Annual report of the Punjab Veterinary College and of the Civil Veterinary Department, Punjab - 1920-1925
Year: 1920
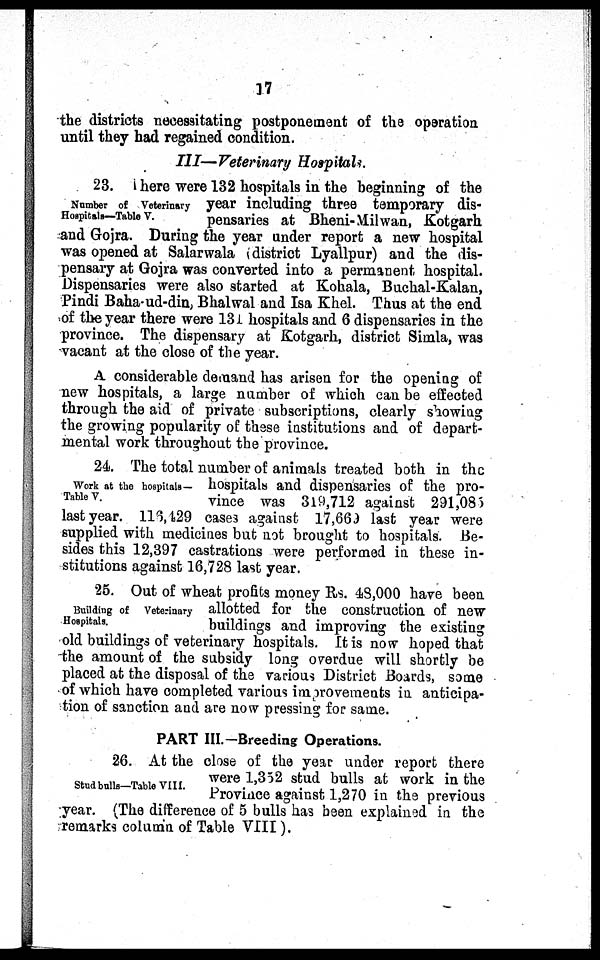
17
the districts necessitating postponement of the operation
until they had regained condition.
III—Veterinary Hospitals.
Number of Veterinary
Hospitals—Table V.
23. There were 132 hospitals in the beginning of the
year including three temporary dis-
pensaries at Bheni-Milwan, Kotgarh
and Gojra. During the year under report a new hospital
was opened at Salarwala (district Lyallpur) and the dis-
pensary at Gojra was converted into a permanent hospital.
Dispensaries were also started at Kohala, Buchal-Kalan,
Pindi Baha-ud-din, Bhalwal and Isa Khel. Thus at the end
of the year there were 131 hospitals and 6 dispensaries in the
province. The dispensary at Kotgarh, district Simla, was
vacant at the close of the year.
A considerable demand has arisen for the opening of
new hospitals, a large number of which can be effected
through the aid of private subscriptions, clearly showing
the growing popularity of these institutions and of depart-
mental work throughout the province.
Work at the hospitals —
Table V.
24. The total number of animals treated both in the
hospitals and dispensaries of the pro-
vince was 319,712 against 291,085
last year. 116,429 cases against 17,669 last year were
supplied with medicines but not brought to hospitals. Be-
sides this 12,397 castrations were performed in these in-
stitutions against 16,728 last year.
Building of Veterinary
Hospitals.
25. Out of wheat profits money Rs. 48,000 have been
allotted for the construction of new
buildings and improving the existing
old buildings of veterinary hospitals. It is now hoped that
the amount of the subsidy long overdue will shortly be
placed at the disposal of the various District Boards, some
of which have completed various improvements in anticipa-
tion of sanction and are now pressing for same.
PART III.—Breeding Operations.
Stud bulls—Table VIII.
26. At the close of the year under report there
were 1,352 stud bulls at work in the
Province against 1,270 in the previous
year. (The difference of 5 bulls has been explained in the
remarks column of Table VIII).